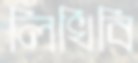
লিখিবি